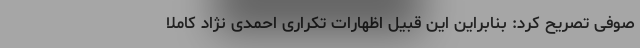
صوفی تصریح کرد: بنابراین این قبیل اظهارات تکراری احمدی نژاد کاملا